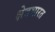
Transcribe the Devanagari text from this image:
क्षेत्रभारत